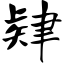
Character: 肄